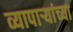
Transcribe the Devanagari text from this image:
व्यापार्‍यांच्या